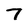
Character: 7